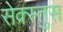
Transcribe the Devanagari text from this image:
सेक्स्तुस